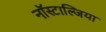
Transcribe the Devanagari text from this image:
नॉस्टाल्जिया